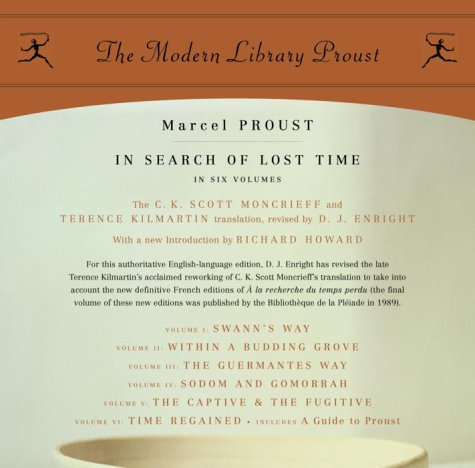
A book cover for In Search of Lost Time: Proust 6-pack (Proust Complete); Marcel Proust; Literature & Fiction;